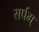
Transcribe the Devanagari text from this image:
सर्पम्